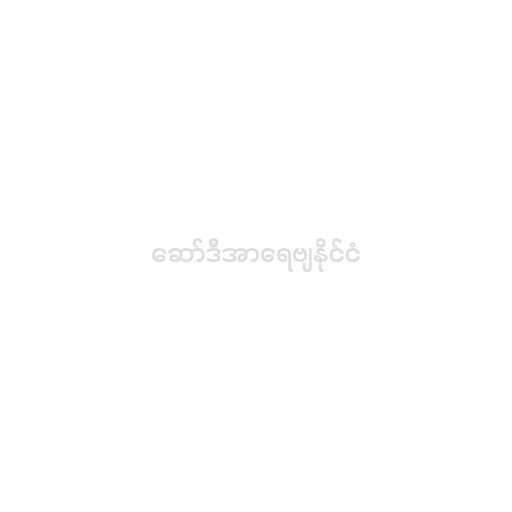
ဆော်ဒီအာရေဗျနိုင်ငံ